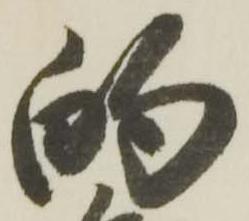
的